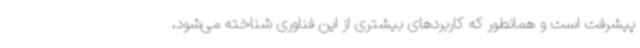
پیشرفت است و همانطور که کاربردهای بیشتری از این فناوری شناخته می‌شود،